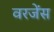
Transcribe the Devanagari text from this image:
वरजेंस